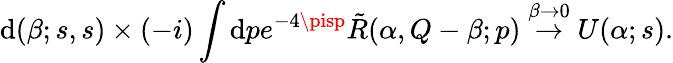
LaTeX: \mathrm{d}(\beta;s,s)\times(-i)\int\mathrm{d}pe^{-4\pisp}\tilde{{R}}(\alpha,Q-\beta;p)\stackrel{\beta\to0}{\rightarrow}U(\alpha;s).